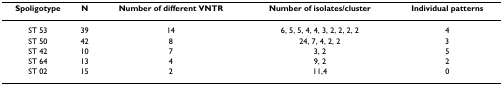
<table><thead><tr><td><b>Spoligotype</b></td><td><b>N</b></td><td><b>Number of different VNTR</b></td><td><b>Number of isolates/cluster</b></td><td><b>Individual patterns</b></td></tr></thead><tbody><tr><td>ST 53</td><td>39</td><td>14</td><td>6, 5, 5, 4, 4, 3, 2, 2, 2, 2</td><td>4</td></tr><tr><td>ST 50</td><td>42</td><td>8</td><td>24, 7, 4, 2, 2</td><td>3</td></tr><tr><td>ST 42</td><td>10</td><td>7</td><td>3, 2</td><td>5</td></tr><tr><td>ST 64</td><td>13</td><td>4</td><td>9, 2</td><td>2</td></tr><tr><td>ST 02</td><td>15</td><td>2</td><td>11,4</td><td>0</td></tr></tbody></table>